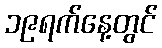
၁၉ရက်နေ့တွင်